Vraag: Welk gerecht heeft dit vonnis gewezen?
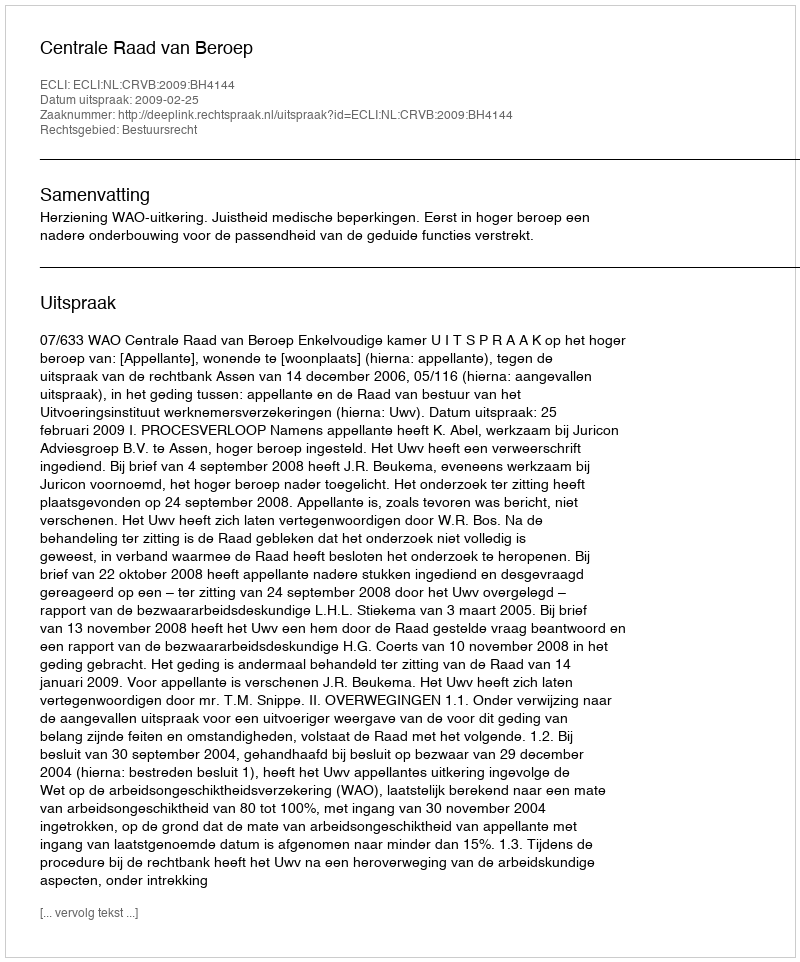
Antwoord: Centrale Raad van Beroep